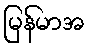
မြန်မာအ